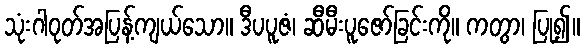
သုံးဂါဝုတ်အပြန့်ကျယ်သော။ ဒီပပူဇံ၊ ဆီမီးပူဇော်ခြင်းကို။ ကတွာ၊ ပြု၍။